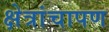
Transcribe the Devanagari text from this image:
क्षेत्रांचापण